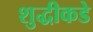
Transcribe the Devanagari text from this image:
शुद्धीकडे